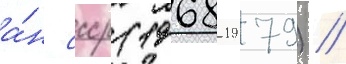
а́н ссср (1968-1979) //